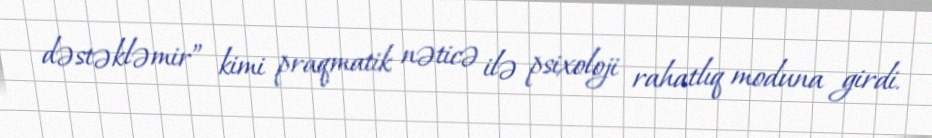
dəstəkləmir” kimi praqmatik nəticə ilə psixoloji rahatlıq moduna girdi.